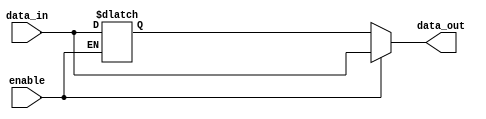
module buffer_enable (
    input wire data_in,
    input wire enable,
    output wire data_out
);

    reg previous_value;

    always @ (data_in, enable) begin
        if (enable) begin
            data_out <= data_in;
            previous_value <= data_in;
        end else begin
            data_out <= previous_value;
        end
    end

endmodule